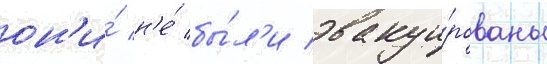
он'и́ н'е́ бы́л'и эвакуи́рованы